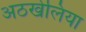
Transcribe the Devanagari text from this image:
अठखेलिया